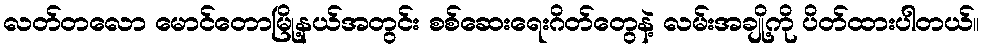
လတ်တလော မောင်တောမြို့နယ်အတွင်း စစ်ဆေးရေးဂိတ်တွေနဲ့ လမ်းအချို့ကို ပိတ်ထားပါတယ်။